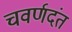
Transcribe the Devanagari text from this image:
चवर्णदंत